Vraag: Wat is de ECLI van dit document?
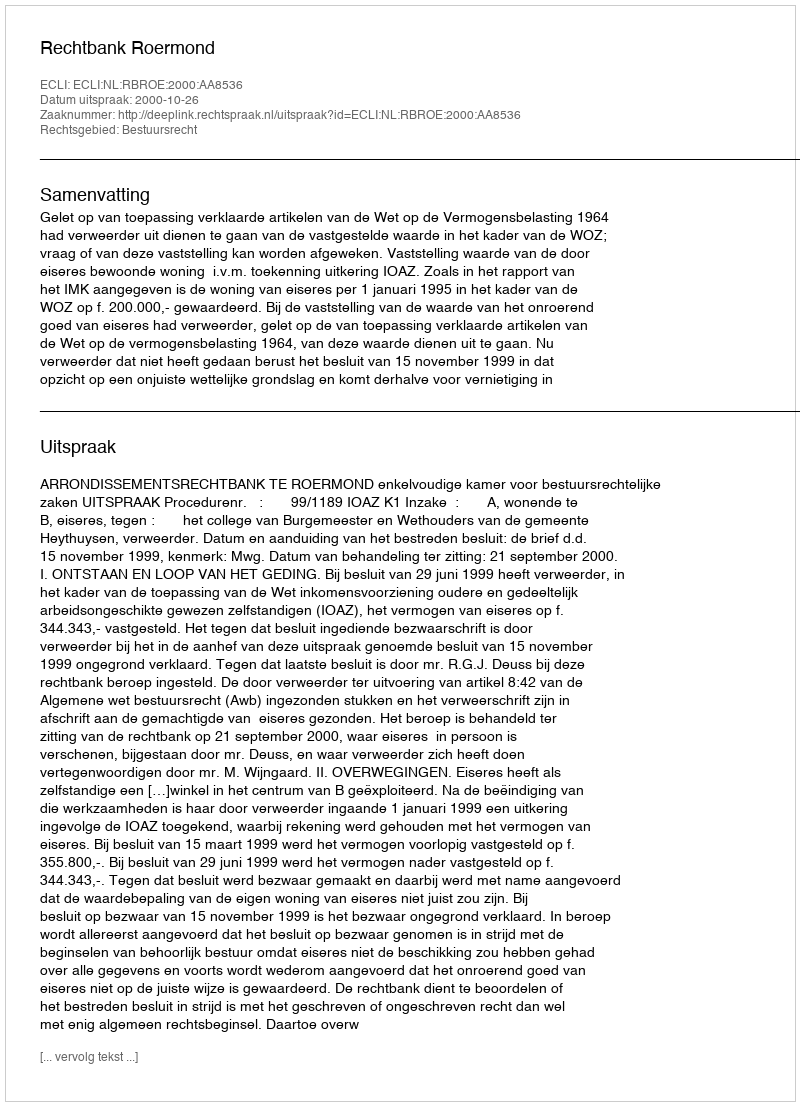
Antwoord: ECLI:NL:RBROE:2000:AA8536